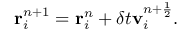
\mathbf { r } _ { i } ^ { n + 1 } = \mathbf { r } _ { i } ^ { n } + \delta t \mathbf { v } _ { i } ^ { n + \frac { 1 } { 2 } } .